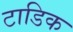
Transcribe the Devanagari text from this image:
टाडिक